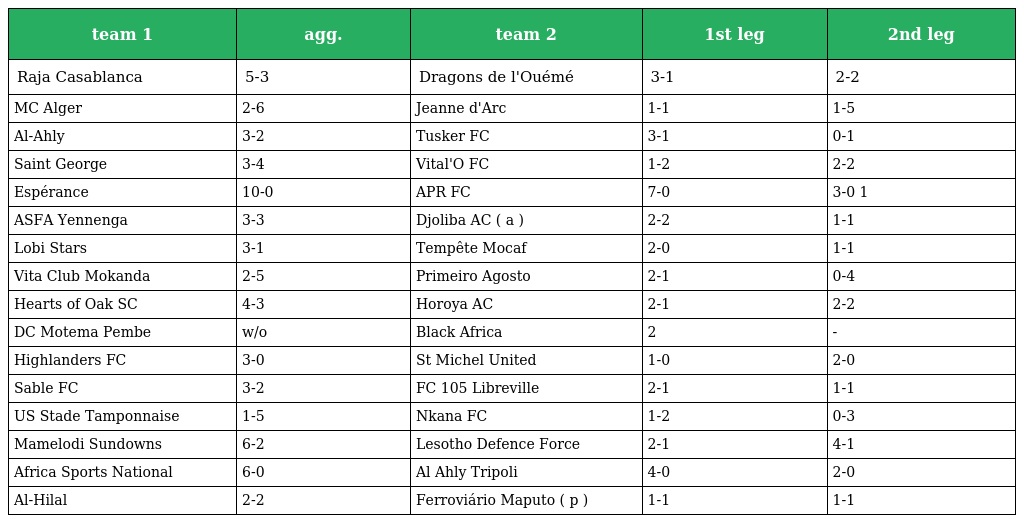
| team 1 | agg. | team 2 | 1st leg | 2nd leg |
 | --- | --- | --- | --- | --- |
 | Raja Casablanca | 5-3 | Dragons de l'Ouémé | 3-1 | 2-2 |
 | MC Alger | 2-6 | Jeanne d'Arc | 1-1 | 1-5 |
 | Al-Ahly | 3-2 | Tusker FC | 3-1 | 0-1 |
 | Saint George | 3-4 | Vital'O FC | 1-2 | 2-2 |
 | Espérance | 10-0 | APR FC | 7-0 | 3-0 1 |
 | ASFA Yennenga | 3-3 | Djoliba AC ( a ) | 2-2 | 1-1 |
 | Lobi Stars | 3-1 | Tempête Mocaf | 2-0 | 1-1 |
 | Vita Club Mokanda | 2-5 | Primeiro Agosto | 2-1 | 0-4 |
 | Hearts of Oak SC | 4-3 | Horoya AC | 2-1 | 2-2 |
 | DC Motema Pembe | w/o | Black Africa | 2 | - |
 | Highlanders FC | 3-0 | St Michel United | 1-0 | 2-0 |
 | Sable FC | 3-2 | FC 105 Libreville | 2-1 | 1-1 |
 | US Stade Tamponnaise | 1-5 | Nkana FC | 1-2 | 0-3 |
 | Mamelodi Sundowns | 6-2 | Lesotho Defence Force | 2-1 | 4-1 |
 | Africa Sports National | 6-0 | Al Ahly Tripoli | 4-0 | 2-0 |
 | Al-Hilal | 2-2 | Ferroviário Maputo ( p ) | 1-1 | 1-1 |